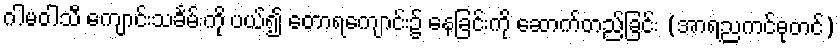
ဂါမဝါသီ ကျောင်းသင်္ခမ်းကို ပယ်၍ တောရကျောင်း၌ နေခြင်းကို ဆောက်တည်ခြင်း (အာရညကင်ဓုတင်)